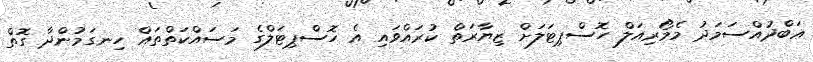
ޢަބްދުއްސަމަދު މެމޯރިއަލް ހޮސްޕިޓަލަށް ޒިޔާރަތް ކުރައްވައި އެ ހޮސްޕިޓަލްގެ މަސައްކަތްތައް ހިނގަމުންދާ ގޮތް